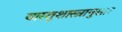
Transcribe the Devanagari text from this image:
वास्तुशास्त्रानुसार